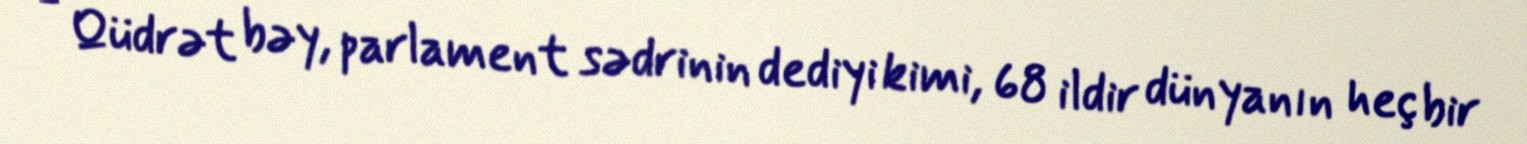
- Qüdrət bəy, parlament sədrinin dediyi kimi, 68 ildir dünyanın heç bir